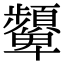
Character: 顰